Report on the lunatic asylums under the Government of Bombay - 1904-1913
Year: 1904
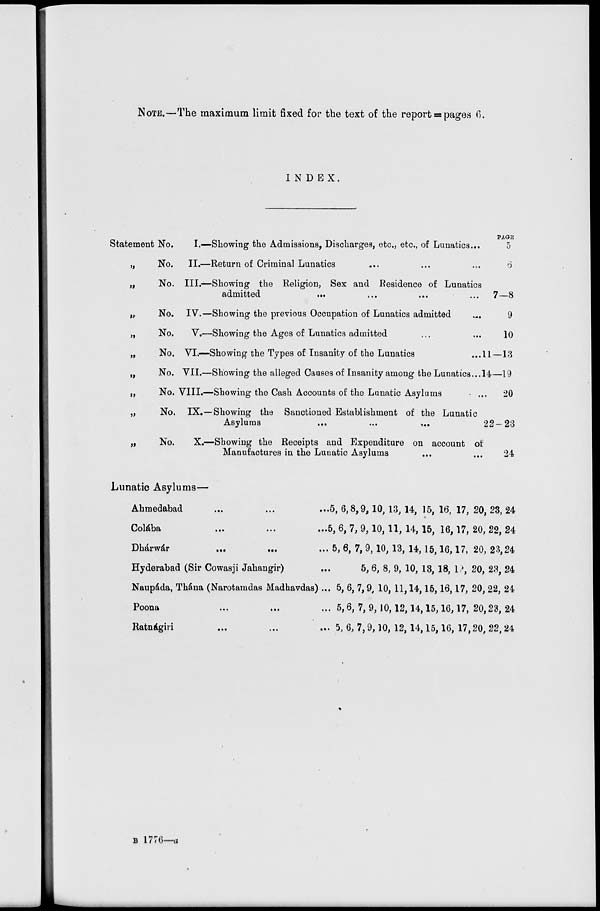
NOTE.—The maximum limit fixed for the text of the report = pages 6.
INDEX.
Statement No.
„
No.
„ No.
„
No.
„ No.
„
No.
„
No.
„
No.
„
No.
„
No.
I.—
II.—
III.—
IV.—
V.—
VI.—
VII.—
VIII.—
IX.—
X.—
Showing the Admissions, Discharges, etc., etc., of Lunatics...
Return of Criminal Lunatics ... ... ...
Showing the Religion, Sex and Residence of Lunatics
admitted
...
...
...
...
Showing the previous Occupation of Lunatics admitted ...
Showing the Ages of Lunatics admitted ... ...
Showing the Types of Insanity of the Lunatics ...
Showing the alleged Causes of Insanity among the Lunatics...
Showing the Cash Accounts of the Lunatic Asylums ...
Showing the Sanctioned Establishment of the Lunatic
Asylums
...
...
...
Showing the Receipts and Expenditure on account of
Manufactures in the Lunatic Asylums ... ...
PAGE
5
6
7—8
9
10
11—13
14—19
20
22—23
24
Lunatic Asylums—
Ahmedabad ... ...
Colába
...
...
Dhárwár
...
...
Hyderabad (Sir Cowasji Jahangir)
Naupáda, Thána (Narotamdas Madhavdas)
Poona ... ...
Ratnágiri ... ...
5, 6,8,9,10,13, 14, 15, 16, 17, 20, 23, 24
5, 6, 7, 9,10,11, 14,15, 16,17, 20, 22, 24
5, 6, 7, 9,10, 13, 14,15,16,17, 20, 23,24
5, 6, 8, 9, 10, 13, 18, 19, 20, 23, 24
5, 6, 7,9, 10, 11,14,15,16,17, 20, 22, 24
5,6, 7, 9, 10,12,14,15,16,17, 20,23, 24
5, 6, 7,9,10, 12,14,15,16, 17,20, 22,24
B 1776—a